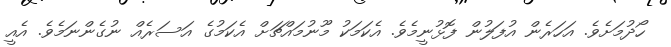
ހޯދުމަށެވެ. އަހަރެން އުފަލުން ފޮޅުނީމެވެ. އެކަމަކު މޫނުމައްޗަށް އެކަމުގެ އަސަރެއް ނުގެންނަމެވެ. އެއީ